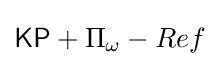
{\mathsf {KP}}+\Pi _{\omega }-Ref